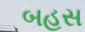
બહસ